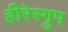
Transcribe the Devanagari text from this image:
हीरेस्ग्रुप